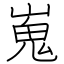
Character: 嵬